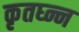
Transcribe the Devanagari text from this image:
कृतघ्न्न